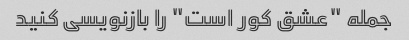
جمله "عشق کور است" را بازنویسی کنید